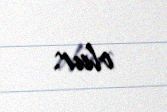
olur.